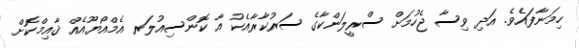
ހިމަނާފައެވެ. އަދި ވިސާ ޖެހުމަށް ސްރީލަންކާގެ ސަރުކާރާއެކު އާ ކޮންސިއުލަރ އެމްއޯޔޫއެއް ޤާއިމްކޮށް